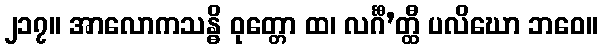
၂၁၇။ အာလောကသန္ဓိ ဝုတ္တော ထ၊ လင်္ဂီ’တ္ထီ ပလိဃော ဘဝေ။